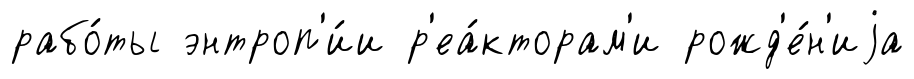
рабо́ты энтроп'и́и р'еа́кторам'и рожд'е́н'иjа